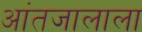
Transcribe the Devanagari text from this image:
आंतजालाला